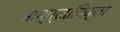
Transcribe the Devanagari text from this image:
साम्प्रदायिक्ता